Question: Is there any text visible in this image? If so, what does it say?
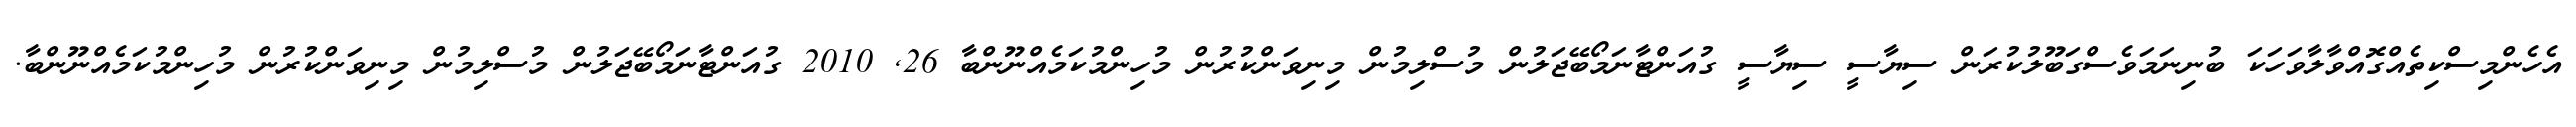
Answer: އެހެންމިސްކިތެއްގޮއްވާލާވަހަކަ ބުނިނަމަވެސްގަބޫލުކުރަން ސިޔާސީ ސިޔާސީ ގުއަންޓާނަމޯބޭޖަލުން މުސްލިމުން މިނިވަންކުރުން މުހިންމުކަމެއްނޫންބާ 26, 2010 ގުއަންޓާނަމޯބޭޖަލުން މުސްލިމުން މިނިވަންކުރުން މުހިންމުކަމެއްނޫންބާ.